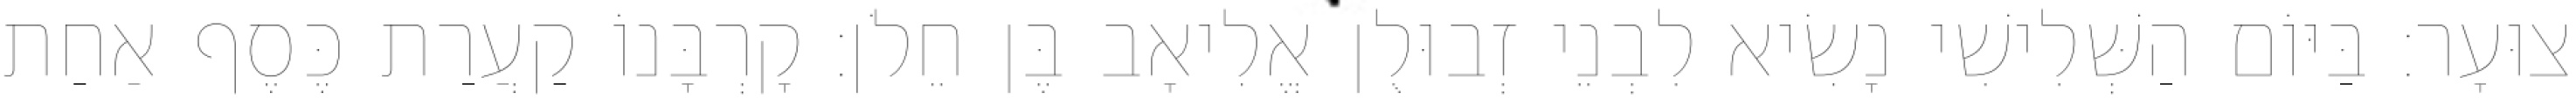
צוּעָר׃ בַּיּוֹם הַשְּׁלִישִׁי נָשִׂיא לִבְנֵי זְבוּלֻן אֱלִיאָב בֶּן חֵלֹן׃ קָרְבָּנוֹ קַעֲרַת כֶּסֶף אַחַת